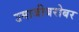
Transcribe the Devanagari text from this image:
उमाजीबरोबर